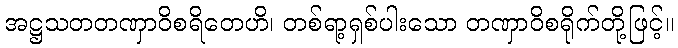
အဋ္ဌသတတဏှာဝိစရိတေဟိ၊ တစ်ရာ့ရှစ်ပါးသော တဏှာဝိစရိုက်တို့ဖြင့်။